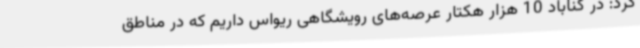
کرد: در گناباد 10 هزار هکتار عرصه‌های رویشگاهی ریواس داریم که در مناطق